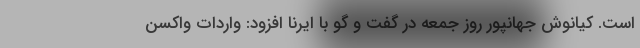
است. کیانوش جهانپور روز جمعه در گفت و گو با ایرنا افزود: واردات واکسن